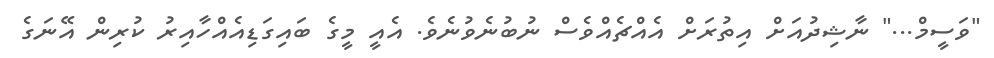
"ވަސީމް..." ނާޝިދުއަށް އިތުރަށް އެއްޗެއްވެސް ނުބުނެވުނެވެ. އެއީ މީގެ ބައިގަޑިއެއްހާއިރު ކުރިން އޭނަގެ